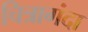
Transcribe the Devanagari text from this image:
चित्रागंदा